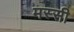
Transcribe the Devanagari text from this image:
मस्सी